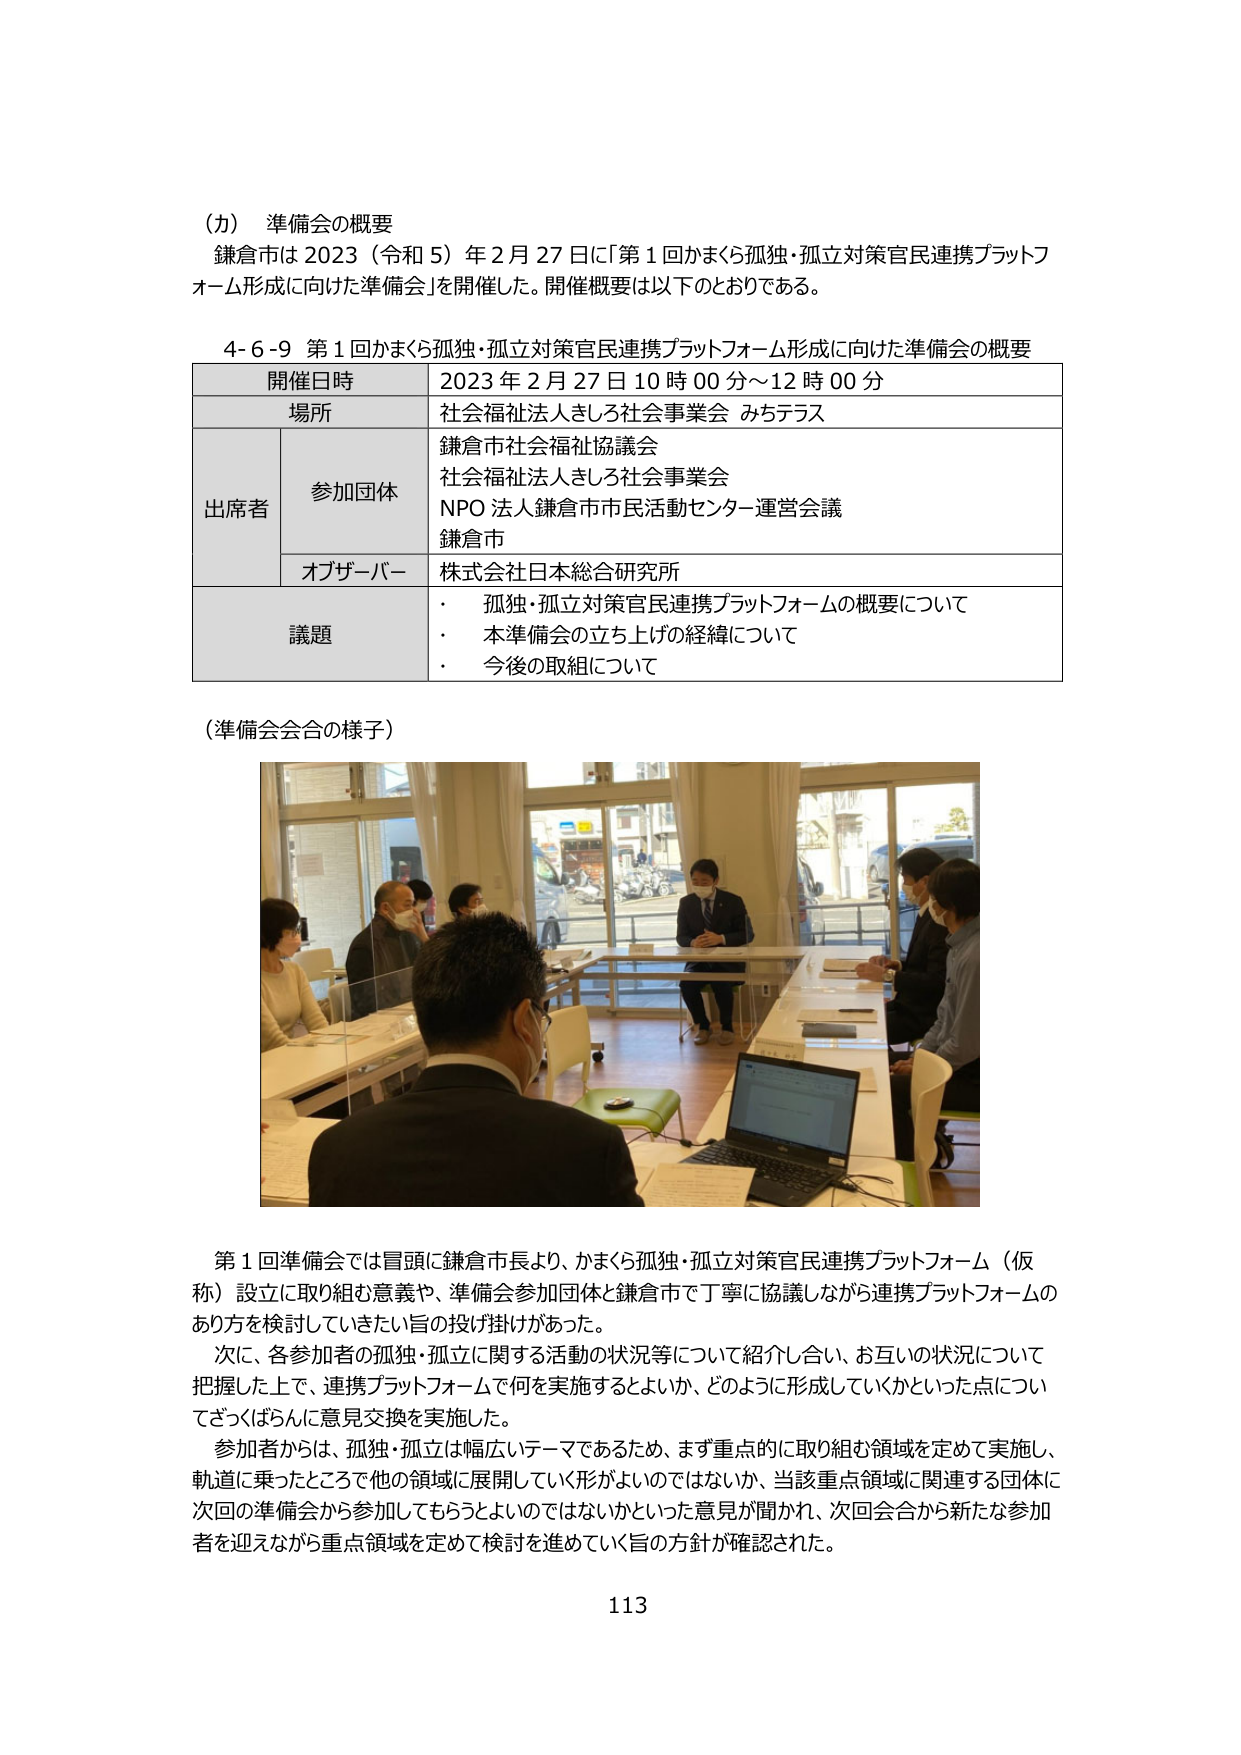
（カ） 準備会の概要
鎌倉市は 2023（令和 5）年 2 月 27 日に「第 1 回かまくら孤独・孤立対策官民連携プラットフォーム形成に向けた準備会」を開催した。開催概要は以下のとおりである。

4-6-9 第 1 回かまくら孤独・孤立対策官民連携プラットフォーム形成に向けた準備会の概要
| 開催日時 | 2023 年 2 月 27 日 10 時 00 分～12 時 00 分 |
| 場所 | 社会福祉法人きしき社会事業会 みちテラス |
| 出席者 | 参加団体 | 鎌倉市社会福祉協議会<br>社会福祉法人きしき社会事業会<br>NPO 法人鎌倉市市民活動センター運営会議<br>鎌倉市 |
| | オブザーバー | 株式会社日本総合研究所 |
| 議題 | ・ 孤独・孤立対策官民連携プラットフォームの概要について<br>・ 本準備会の立ち上げの経緯について<br>・ 今後の取組について |

（準備会会合の様子）

第 1 回準備会では冒頭に鎌倉市長より、かまくら孤独・孤立対策官民連携プラットフォーム（仮称）設立に取り組む意義や、準備会参加団体と鎌倉市で丁寧に協議しながら連携プラットフォームのあり方を検討していきたい旨の投げ掛けがあった。
次に、各参加者の孤独・孤立に関する活動の状況等について紹介し合い、お互いの状況について把握した上で、連携プラットフォームで何を実施するとよいか、どのように形成していくかといった点についてざくばらんに意見交換を実施した。
参加者からは、孤独・孤立は幅広いテーマであるため、まず重点的に取り組む領域を定めて実施し、軌道に乗ったところで他の領域に展開していく形がよいのではないか、当該重点領域に関連する団体に次回の準備会から参加してもらうとよいのではないかといった意見が聞かれ、次回会合から新たな参加者を迎えながら重点領域を定めて検討を進めていく旨の方針が確認された。

113